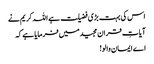
اس کی بہت بڑی فضیلت ہے اللہ کریم نے
آیاتِ قران مجیدمیں فرمایا ہے کہ
اے ایمان والو!